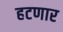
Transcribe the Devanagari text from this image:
हटणार